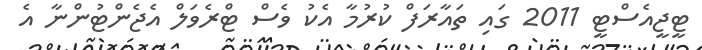
ޓީޖީއެސްޓީ 2011 ގައި ތައާރަފް ކުރުމާ އެކު ވެސް ޓްރެވަލް އެޖެންޓުންނާ އެ